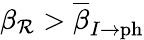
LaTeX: \beta_{\mathcal{R}}>\overline{{{\beta}}}_{I\rightarrow\mathrm{{ph}}}